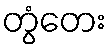
တွံတေး